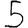
Digit: 5